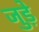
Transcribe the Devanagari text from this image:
जुड़े़